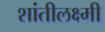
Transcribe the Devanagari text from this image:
शांतीलक्ष्मी